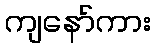
ကျနော်ကား